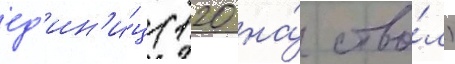
ед'ин'и́ц (120 на́ ство́л)